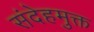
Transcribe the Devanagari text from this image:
संदेहमुक्त